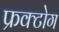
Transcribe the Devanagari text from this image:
फ्रक्टोग